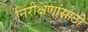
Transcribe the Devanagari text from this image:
निरीक्षणांसाठी